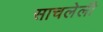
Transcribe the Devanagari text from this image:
साचलेली